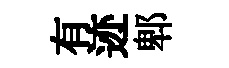
有迹郫